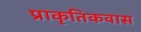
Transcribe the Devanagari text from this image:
प्राकृतिकवास